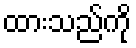
ထားသည်ကို